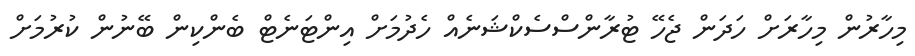
މިހާރުން މިހާރަށް ހަދަން ޖެހޭ ޓުރާންސްސެކްޝަނެއް ހެދުމަށް އިންޓަނެޓް ބެންކިން ބޭނުން ކުރުމަށް